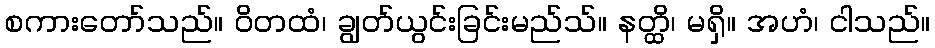
စကားတော်သည်။ ဝိတထံ၊ ချွတ်ယွင်းခြင်းမည်သ်။ နတ္ထိ၊ မရှိ။ အဟံ၊ ငါသည်။